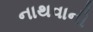
નાથવાની